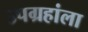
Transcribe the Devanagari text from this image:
उपग्रहांला